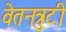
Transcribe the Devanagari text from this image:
वेतनत्रुटी